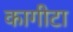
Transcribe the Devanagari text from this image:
कागीटा